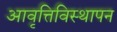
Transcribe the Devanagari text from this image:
आवृत्तिविस्थापन